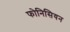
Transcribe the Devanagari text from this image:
फोनिसियन